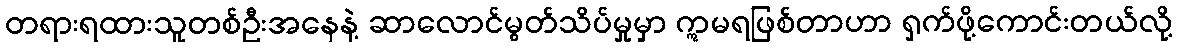
တရားရထားသူတစ်ဦးအနေနဲ့ ဆာလောင်မွတ်သိပ်မှုမှာ ဣမရဖြစ်တာဟာ ရှက်ဖို့ကောင်းတယ်လို့